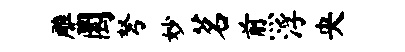
雕圜弩妙茗煎浮央